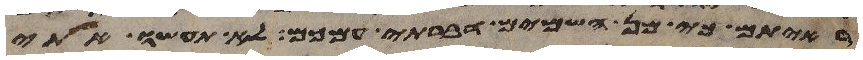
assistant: ראיתם כי מן השמים דברתי עמכם לא תעשו אתי